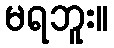
မရဘူး။